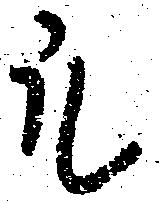
凡